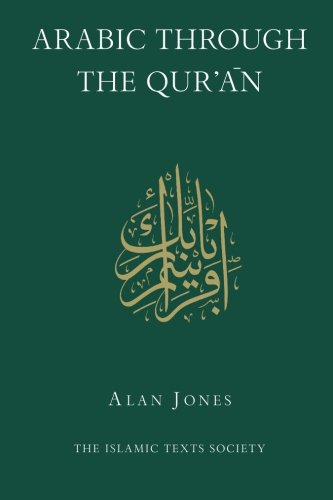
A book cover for Arabic Through the Qur'an (Islamic Texts Society); Alan Jones; Religion & Spirituality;